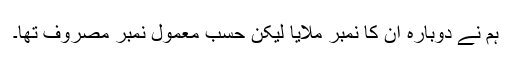
ہم نے دوبارہ ان کا نمبر ملایا لیکن حسبِ معمول نمبر مصروف تھا۔